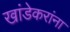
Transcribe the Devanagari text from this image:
खांडेकरांना